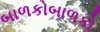
બાળકોબાળકો